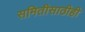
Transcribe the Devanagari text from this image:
समितीसाठीही